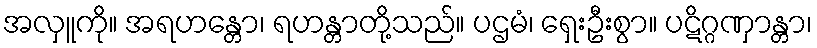
အလှူကို။ အရဟန္တော၊ ရဟန္တာတို့သည်။ ပဌမံ၊ ရှေးဦးစွာ။ ပဋိဂ္ဂဏှာန္တာ၊